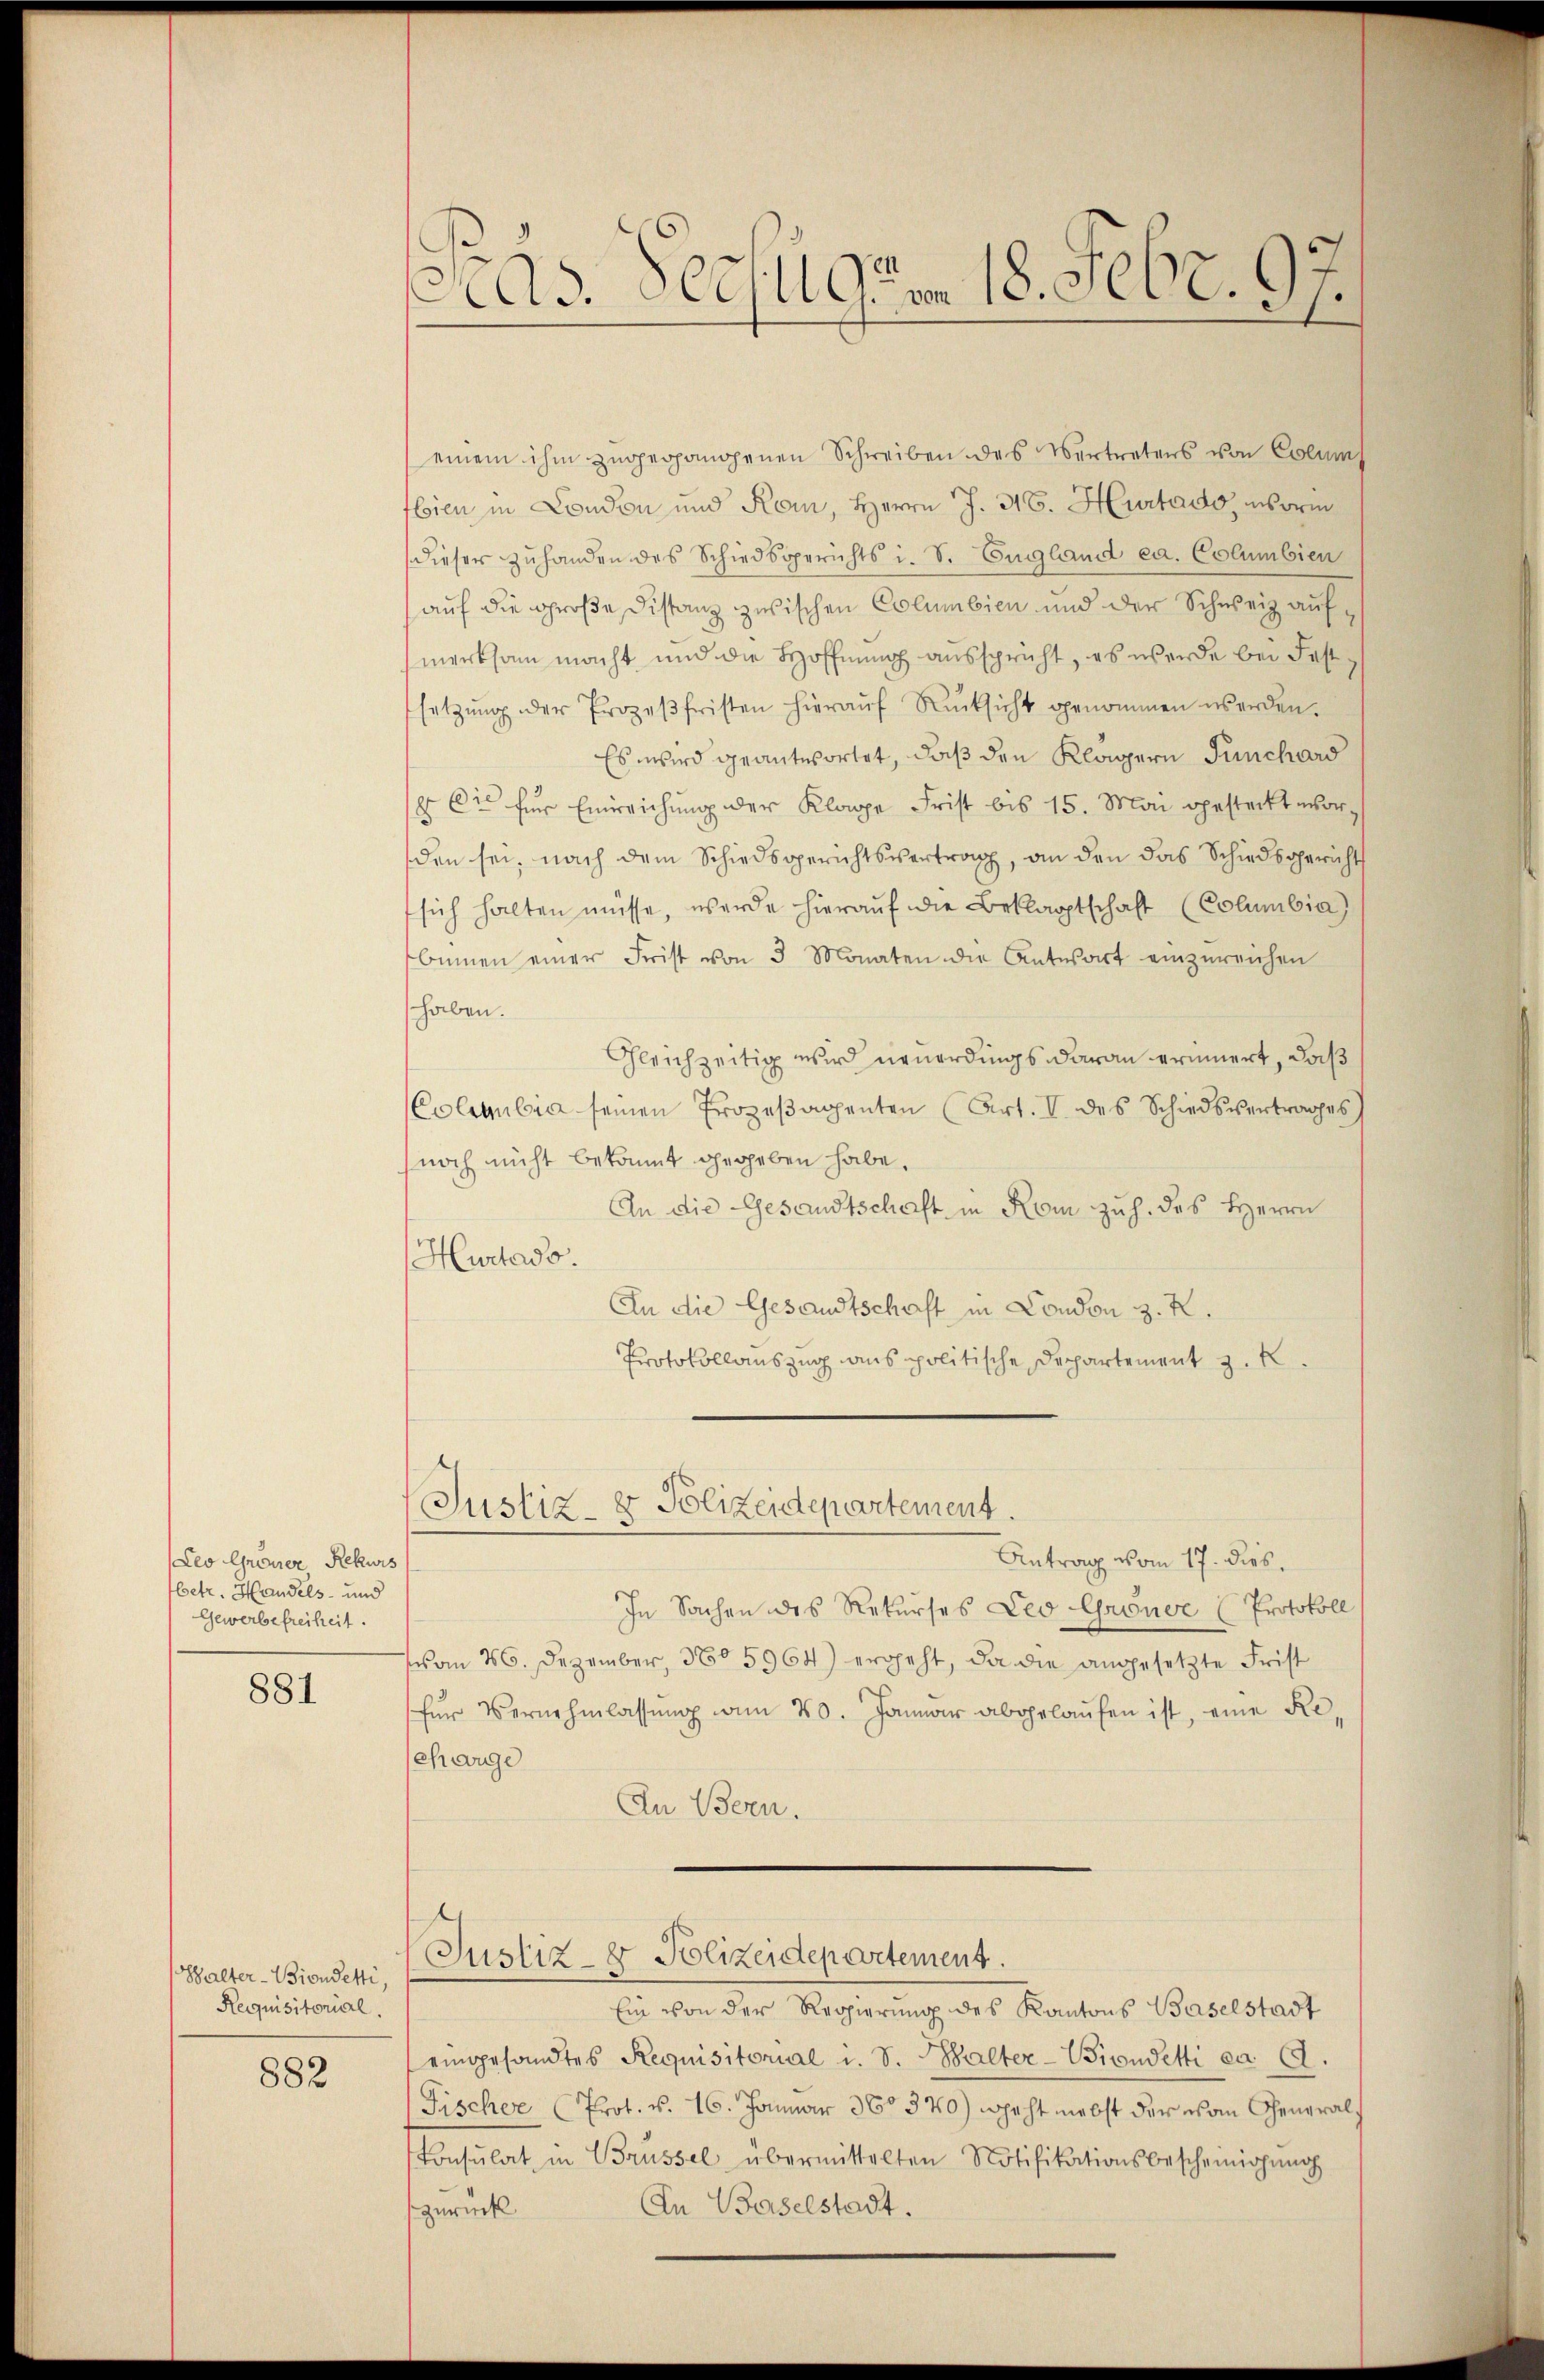
Leo Greuer Rekurs
betr. Handels- und
Gewerbefreiheit.

881

Halter-Bioudetti,
Requisitorial.

882

Präs. Bechug um 18. Febr. 97.

einem ihm zugerhandenen Schreiben des Vertretens von Colum
bien in London und Kom, Herrn J. H. Hurtado, worin
dieser Zuhanden des Schiedsgerichts i. S. England ca. Columbien
auf die große Distanz zwischen Columbien und der Schweiz aufmerksam macht, und die Hoffnung ausspricht, es werde bei Festsetzŭng der Prozeβfristen hieraŭf Rücksicht genommen werden.
Es wird geantwortet, daß den Klägern Fünchard
 Cie für Einreichung der Klage Frist bis 15. Mai gesteckt worden sei, nach dem Schiedsgerichtsvertrag, an den das Schiedsgericht
sich halten müsse, werde hierauf die Beklagtschaft (Columbia)
binen einer Frist von 3 Monaten die Antwort einzŭreichen
haben.
Gleichzeitig wird neuerdings daran erinnert, daß
Colegulia seinen Prozeβappenten (Art. I. des Schiedsvertrages
noch nicht bekannt gegeben habe.
An die Gesandtschaft in Rom zu h. des Herrn
Hurtado.
An die Gesandtschaft in Condon z. R.
Protokollauszug aus politische Departement z. B.
Justiz- & Polizeidepartement.
Antrag vom 17. dies
In Sachen des Rekurses Leo Grönoe (Protokoll
vom 26. Dezember, 3805964) ergeht, da die angesetzte Frist
für Vernehmlassŭng am 20. Januar abgelaufen ist, eine Reehrenge
An Bern.

Justiz- & Polizeidepartement.

Ein von der Regierung des Kantons Baselstadt
eingesandtes Requisitorial u. S. alter-Vioudetti ca 12.
Fischer Prot. v. 16. Januar 360370) weht nebst der von General¬
Consulat in Brüssel übermittelten Notifikationsbescheinigung
In Baselstadt.
zurück